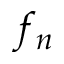
f _ { n }